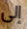
إلى